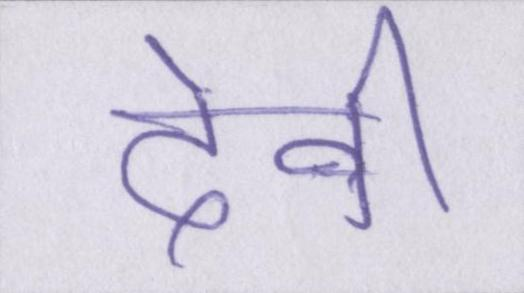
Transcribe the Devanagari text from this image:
देवी